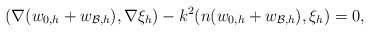
\begin{align*}(\nabla(w_{0,h}+w_{\mathcal{B},h}), \nabla\xi_h )-k^2(n(w_{0,h}+w_{\mathcal{B},h}), \xi_h)=0,\end{align*}